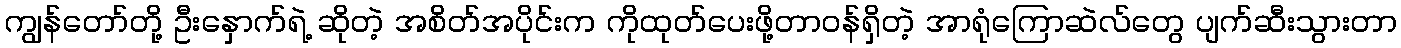
ကျွန်တော်တို့ ဦးနှောက်ရဲ့ ဆိုတဲ့ အစိတ်အပိုင်းက ကိုထုတ်ပေးဖို့တာဝန်ရှိတဲ့ အာရုံကြောဆဲလ်တွေ ပျက်ဆီးသွားတာ